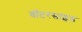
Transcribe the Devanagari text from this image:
वॉटरसाइड